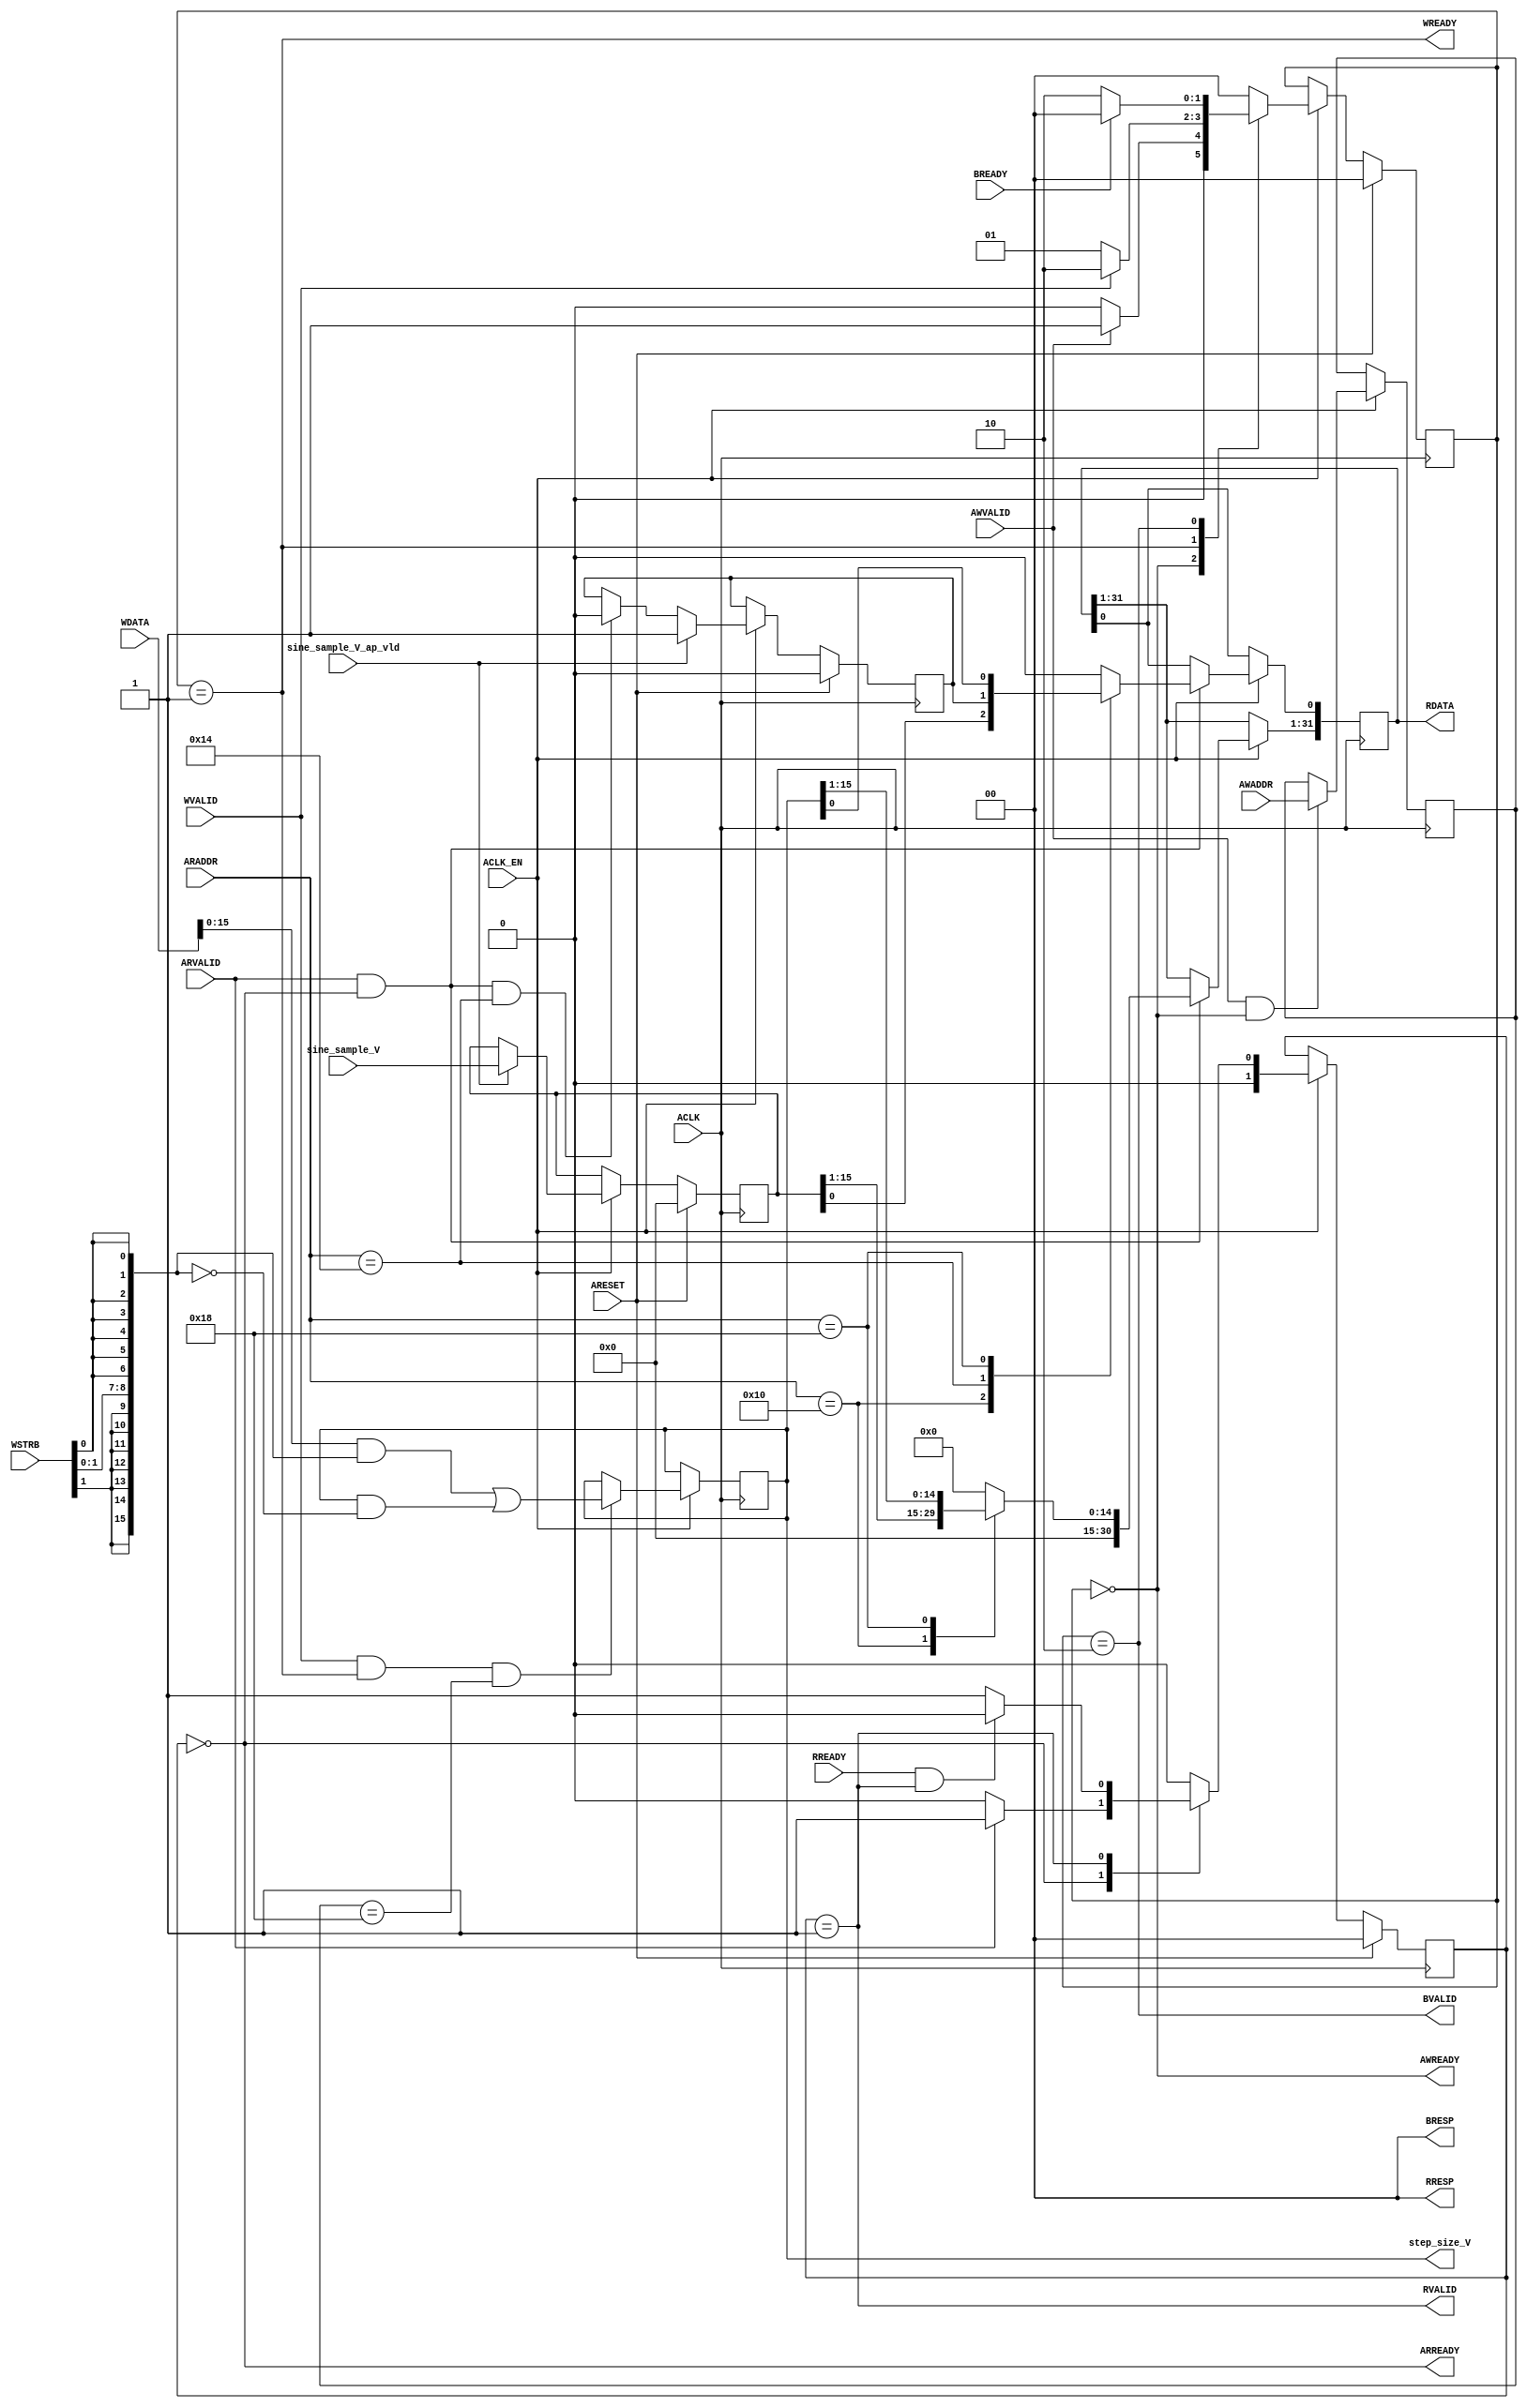
module nco_AXILiteS_s_axi
#(parameter
    C_S_AXI_ADDR_WIDTH = 5,
    C_S_AXI_DATA_WIDTH = 32
)(
    input  wire                            ACLK,
    input  wire                            ARESET,
    input  wire                            ACLK_EN,
    input  wire [C_S_AXI_ADDR_WIDTH-1:0]   AWADDR,
    input  wire                            AWVALID,
    output wire                            AWREADY,
    input  wire [C_S_AXI_DATA_WIDTH-1:0]   WDATA,
    input  wire [C_S_AXI_DATA_WIDTH/8-1:0] WSTRB,
    input  wire                            WVALID,
    output wire                            WREADY,
    output wire [1:0]                      BRESP,
    output wire                            BVALID,
    input  wire                            BREADY,
    input  wire [C_S_AXI_ADDR_WIDTH-1:0]   ARADDR,
    input  wire                            ARVALID,
    output wire                            ARREADY,
    output wire [C_S_AXI_DATA_WIDTH-1:0]   RDATA,
    output wire [1:0]                      RRESP,
    output wire                            RVALID,
    input  wire                            RREADY,
    input  wire [15:0]                     sine_sample_V,
    input  wire                            sine_sample_V_ap_vld,
    output wire [15:0]                     step_size_V
);
localparam
    ADDR_BITS = 5;
localparam
    ADDR_SINE_SAMPLE_V_DATA_0 = 5'h10,
    ADDR_SINE_SAMPLE_V_CTRL   = 5'h14,
    ADDR_STEP_SIZE_V_DATA_0   = 5'h18,
    ADDR_STEP_SIZE_V_CTRL     = 5'h1c;
localparam
    WRIDLE = 2'd0,
    WRDATA = 2'd1,
    WRRESP = 2'd2;
localparam
    RDIDLE = 2'd0,
    RDDATA = 2'd1;
reg  [1:0]           wstate;
reg  [1:0]           wnext;
reg  [ADDR_BITS-1:0] waddr;
wire [31:0]          wmask;
wire                 aw_hs;
wire                 w_hs;
reg  [1:0]           rstate;
reg  [1:0]           rnext;
reg  [31:0]          rdata;
wire                 ar_hs;
wire [ADDR_BITS-1:0] raddr;
reg  [15:0]          int_sine_sample_V;
reg                  int_sine_sample_V_ap_vld;
reg  [15:0]          int_step_size_V;
assign AWREADY = (wstate == WRIDLE);
assign WREADY  = (wstate == WRDATA);
assign BRESP   = 2'b00;  
assign BVALID  = (wstate == WRRESP);
assign wmask   = { {8{WSTRB[3]}}, {8{WSTRB[2]}}, {8{WSTRB[1]}}, {8{WSTRB[0]}} };
assign aw_hs   = AWVALID & AWREADY;
assign w_hs    = WVALID & WREADY;
always @(posedge ACLK) begin
    if (ARESET)
        wstate <= WRIDLE;
    else if (ACLK_EN)
        wstate <= wnext;
end
always @(*) begin
    case (wstate)
        WRIDLE:
            if (AWVALID)
                wnext = WRDATA;
            else
                wnext = WRIDLE;
        WRDATA:
            if (WVALID)
                wnext = WRRESP;
            else
                wnext = WRDATA;
        WRRESP:
            if (BREADY)
                wnext = WRIDLE;
            else
                wnext = WRRESP;
        default:
            wnext = WRIDLE;
    endcase
end
always @(posedge ACLK) begin
    if (ACLK_EN) begin
        if (aw_hs)
            waddr <= AWADDR[ADDR_BITS-1:0];
    end
end
assign ARREADY = (rstate == RDIDLE);
assign RDATA   = rdata;
assign RRESP   = 2'b00;  
assign RVALID  = (rstate == RDDATA);
assign ar_hs   = ARVALID & ARREADY;
assign raddr   = ARADDR[ADDR_BITS-1:0];
always @(posedge ACLK) begin
    if (ARESET)
        rstate <= RDIDLE;
    else if (ACLK_EN)
        rstate <= rnext;
end
always @(*) begin
    case (rstate)
        RDIDLE:
            if (ARVALID)
                rnext = RDDATA;
            else
                rnext = RDIDLE;
        RDDATA:
            if (RREADY & RVALID)
                rnext = RDIDLE;
            else
                rnext = RDDATA;
        default:
            rnext = RDIDLE;
    endcase
end
always @(posedge ACLK) begin
    if (ACLK_EN) begin
        if (ar_hs) begin
            rdata <= 1'b0;
            case (raddr)
                ADDR_SINE_SAMPLE_V_DATA_0: begin
                    rdata <= int_sine_sample_V[15:0];
                end
                ADDR_SINE_SAMPLE_V_CTRL: begin
                    rdata[0] <= int_sine_sample_V_ap_vld;
                end
                ADDR_STEP_SIZE_V_DATA_0: begin
                    rdata <= int_step_size_V[15:0];
                end
            endcase
        end
    end
end
assign step_size_V = int_step_size_V;
always @(posedge ACLK) begin
    if (ARESET)
        int_sine_sample_V <= 0;
    else if (ACLK_EN) begin
        if (sine_sample_V_ap_vld)
            int_sine_sample_V <= sine_sample_V;
    end
end
always @(posedge ACLK) begin
    if (ARESET)
        int_sine_sample_V_ap_vld <= 1'b0;
    else if (ACLK_EN) begin
        if (sine_sample_V_ap_vld)
            int_sine_sample_V_ap_vld <= 1'b1;
        else if (ar_hs && raddr == ADDR_SINE_SAMPLE_V_CTRL)
            int_sine_sample_V_ap_vld <= 1'b0; 
    end
end
always @(posedge ACLK) begin
    if (ACLK_EN) begin
        if (w_hs && waddr == ADDR_STEP_SIZE_V_DATA_0)
            int_step_size_V[15:0] <= (WDATA[31:0] & wmask) | (int_step_size_V[15:0] & ~wmask);
    end
end
endmodule